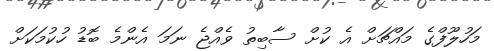
މަހުލޫފްގެ މައްޗަށް އެ ކުށް ސާބިތު ވެއްޖެ ނަމަ އެންމެ ބޮޑު ހުކުމަކަށް